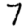
Digit: 7